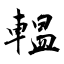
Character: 輼